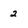
Character: 2